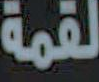
لقمة